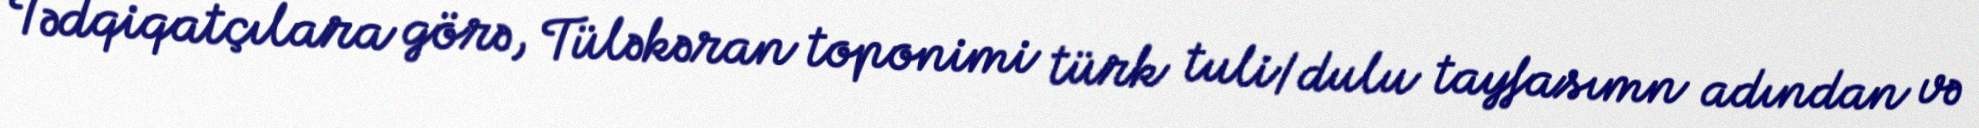
Tədqiqatçılara görə, Tüləkəran toponimi türk tuli/dulu tayfasımn adından və